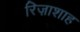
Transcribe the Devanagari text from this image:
रिज़ाशाह